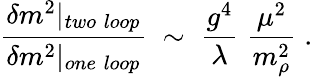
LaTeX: \frac{\delta m^{2}|_{two\; loop}}{\delta m^{2}|_{one\; loop}}\; \sim\; \frac{g^{4}}{\lambda}\; \frac{\mu^{2}}{m_{\rho}^{2}}\; .